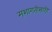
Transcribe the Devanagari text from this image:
मशागतीसाठी